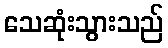
သေဆုံးသွားသည်